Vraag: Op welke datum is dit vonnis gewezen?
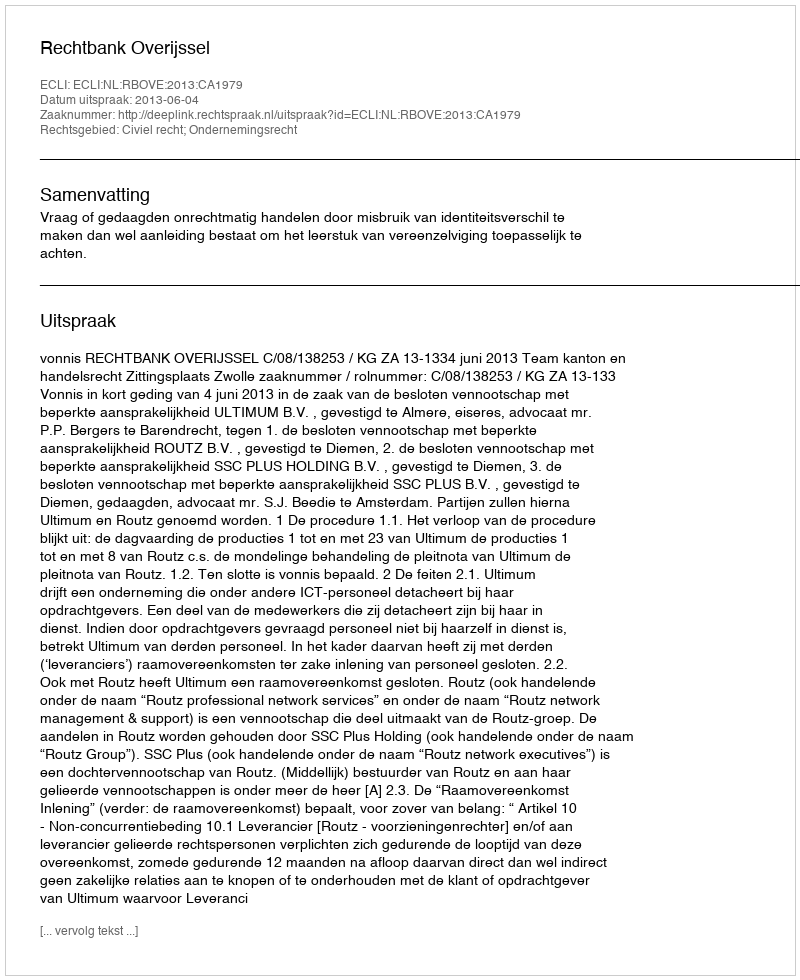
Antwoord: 2013-06-04